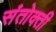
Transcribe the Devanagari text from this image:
संतोक्ती